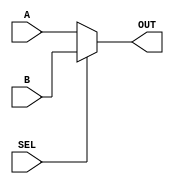
`timescale 1ns / 1ps
////////////////////////////////////////////////////////////////////////////////////
// Company: 
// Engineer: 
// 
// Design Name: 
// Module Name:    Mux 
// Project Name: 
// Target Devices: 
// Tool versions: 
// Description: 
//
// Dependencies: 
//
// Revision: 
// Revision 0.01 - File Created
// Additional Comments: 
//
//////////////////////////////////////////////////////////////////////////////////
module Mux_2_1
#(parameter N=32) (
		input [N-1:0] A,
		input [N-1:0] B,
		input SEL,
		output [N-1:0] OUT
    );
	 
	 assign OUT = (SEL==0) ? A:B;
	 
endmodule